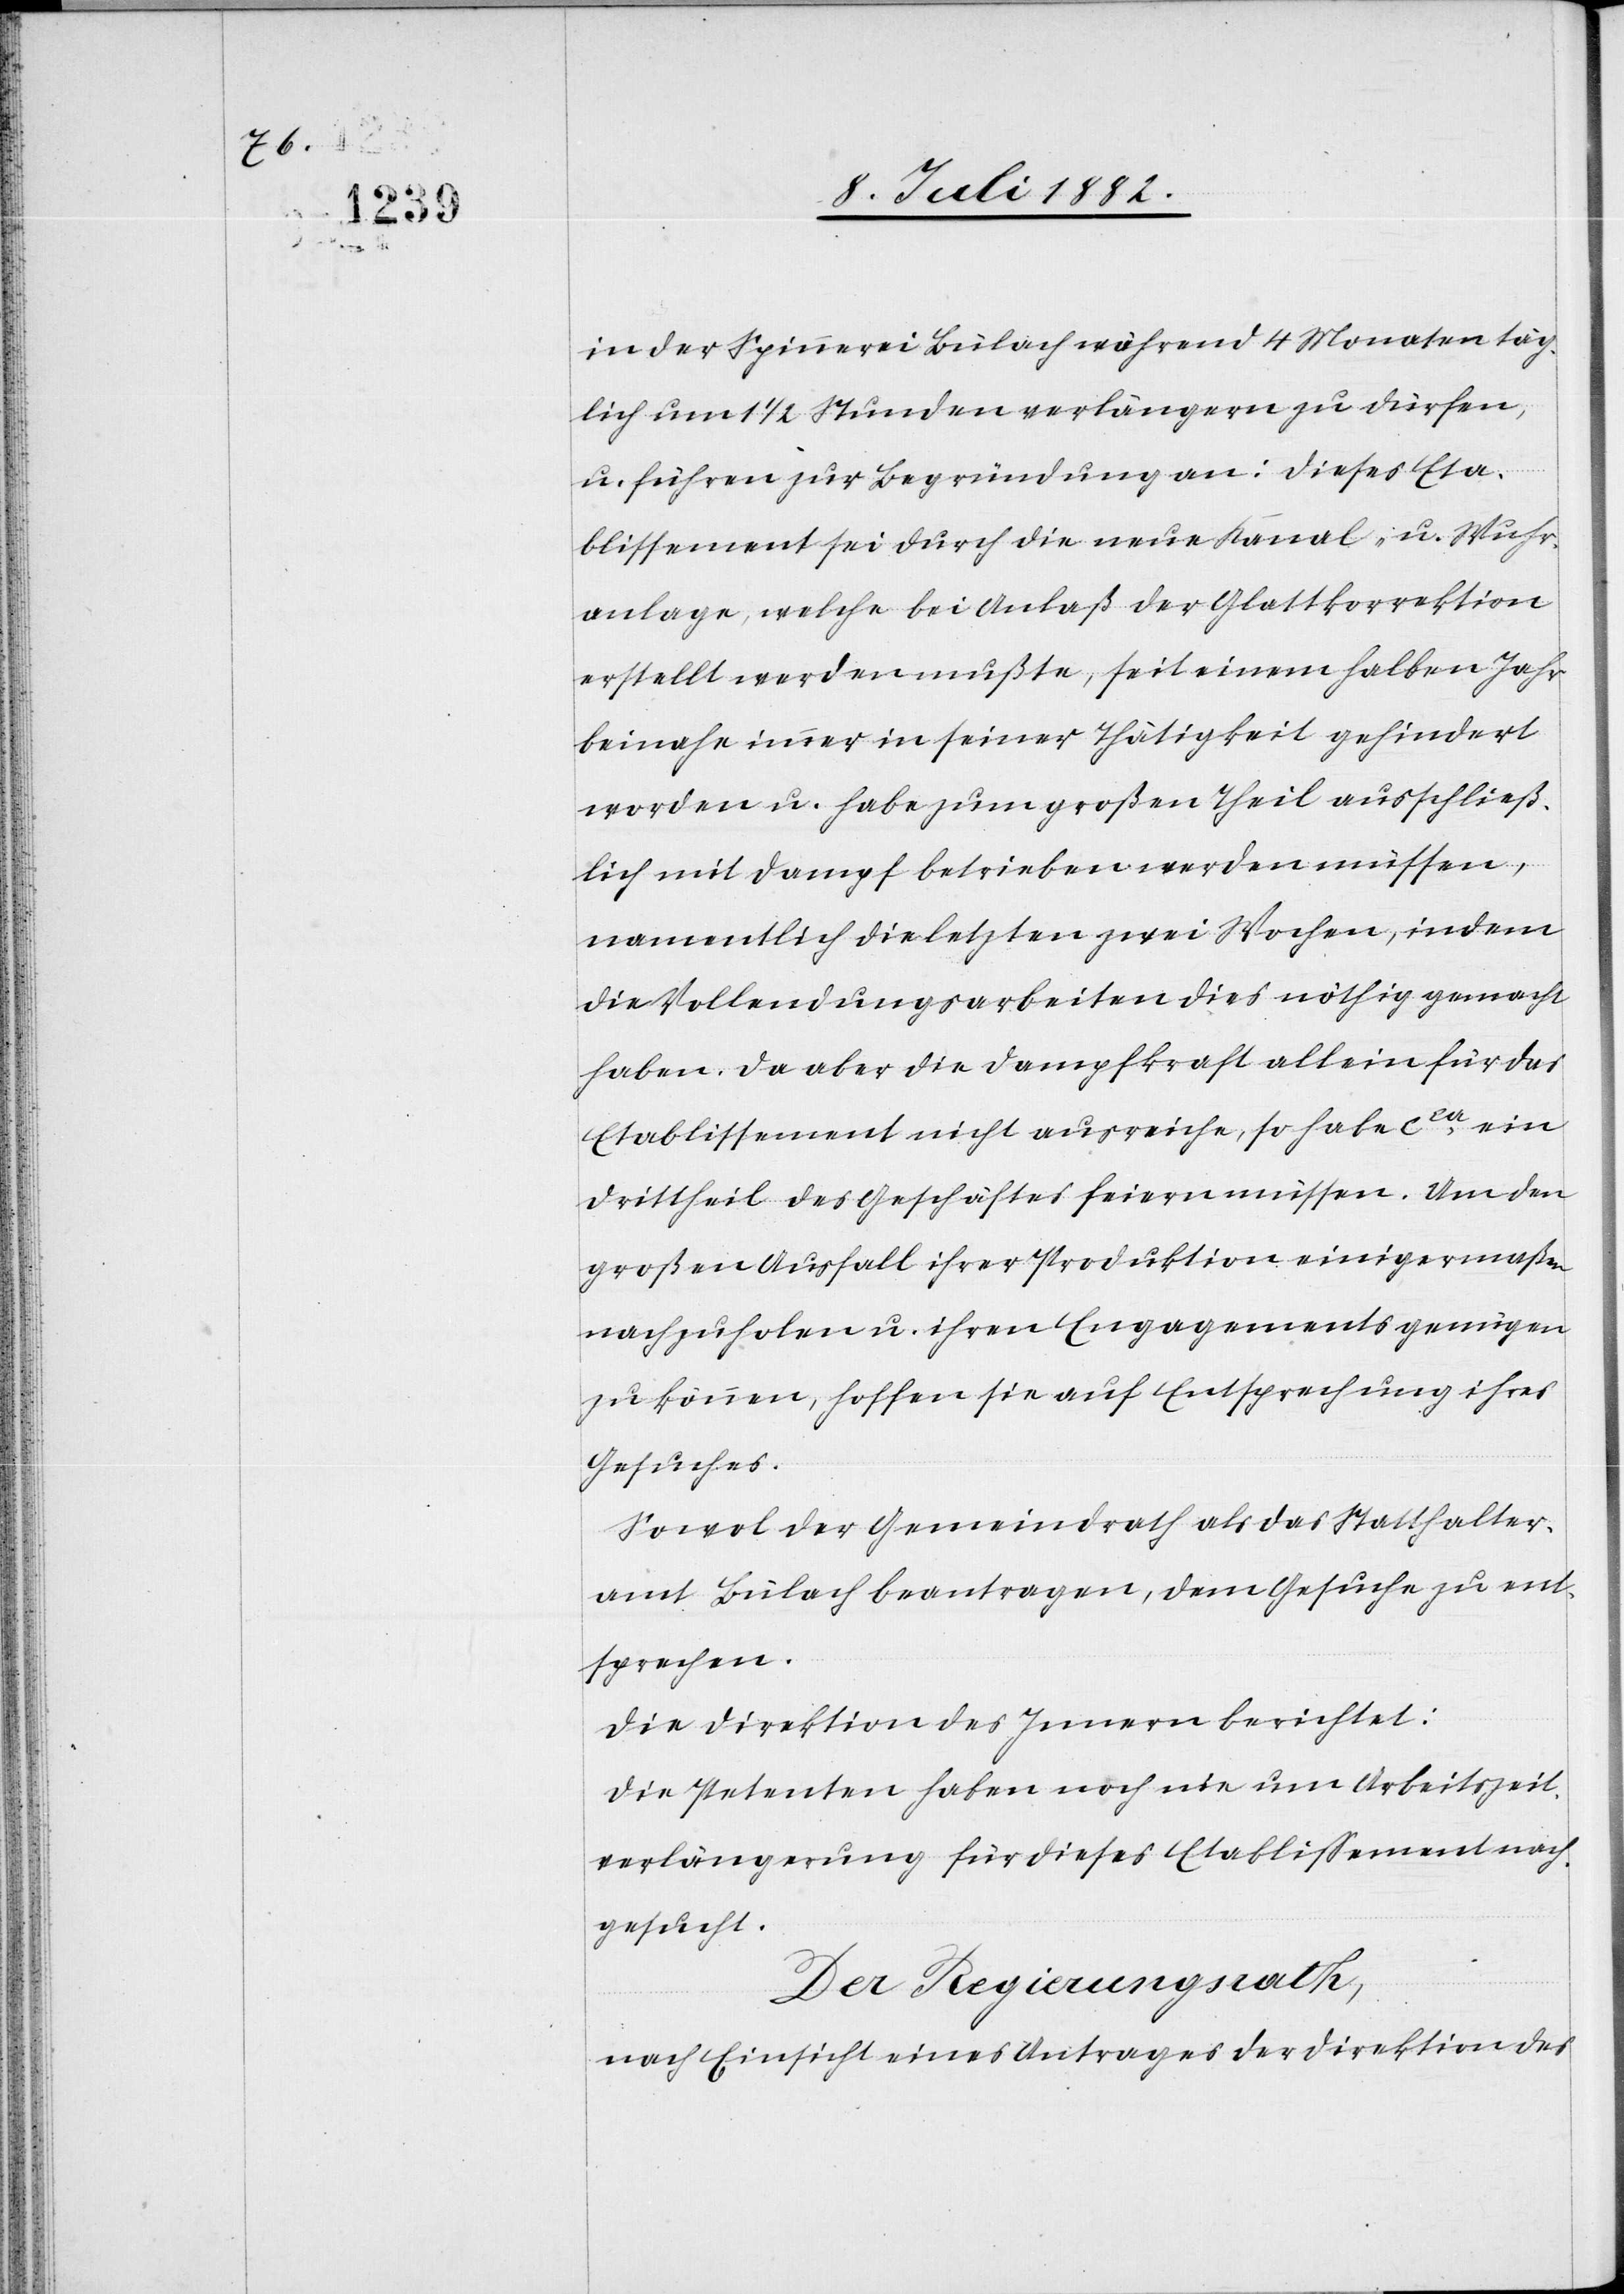
in der Spinnerei Bülach während 4 Monaten täg¬
lich um 1 1/2 Stunden verlängern zu dürfen,
u. führen zur Begründung an: Dieses Eta¬
blissement sei durch die neue Kanal- u. Wuhr¬
anlage, welche bei Anlaß der Glattkorrektion
erstellt werden mußte, seit einem halben Jahr
beinahe immer in seiner Thätigkeit gehindert
worden u. habe zum großen Theil ausschließ¬
lich mit Dampf betrieben werden müssen,
namentlich die letzten zwei Wochen, indem
die Vollendungsarbeiten dies nöthig gemacht
haben. Da aber die Dampfkraft allein für das
Etablissement nicht ausreiche, so habe ca ein
Drittheil des Geschäftes feiern müssen. Um den
großen Ausfall ihrer Produktion einigermaßen
nachzuholen u. ihren Engagements genügen
zu können, hoffen sie auf Entsprechung ihres
Gesuches.
Sowol der Gemeindrath als das Statthalter¬
amt Bülach beantragen, dem Gesuche zu ent¬
sprechen.
Die Direktion des Innern berichtet:
Die Petenten haben noch nie um Arbeitszeit¬
verlängerung für dieses Etablissement nach¬
gesucht.
Der Regierungsrath,
nach Einsicht eines Antrages der Direktion des